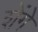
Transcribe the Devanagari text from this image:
शेंगे